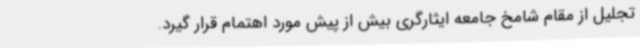
تجلیل از مقام شامخ جامعه ایثارگری بیش از پیش مورد اهتمام قرار گیرد.